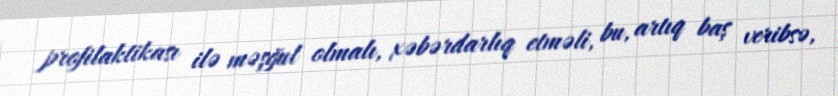
profilaktikası ilə məşğul olmalı, xəbərdarlıq etməli, bu, artıq baş veribsə,